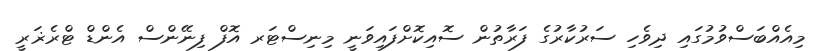
މިއެއްބަސްވުމުގައި ދިވެހި ސަރުކާރުގެ ފަރާތުން ސޮއިކޮށްފައިވަނީ މިނިސްޓަރ އޮފް ފިނޭންސް އެންޑް ޓްރެޜަރީ